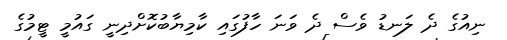
ނިއުގެ ދެ ލަނޑު ވެސް ދެ ވަނަ ހާފުގައި ކާމިޔާބުކޮށްދިނީ ގައުމީ ޓީމުގެ